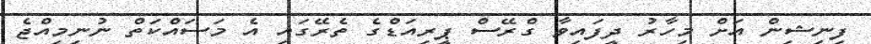
ފިނިޝިން އަށް މިހާރު ދީފައިވާ ގްރޭސް ޕީރިއަޑްގެ ތެރޭގައި އެ މަސައްކަތް ނުނިމިއްޖެ